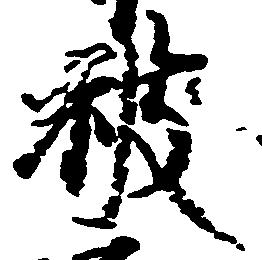
被